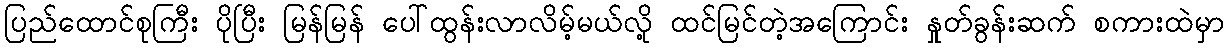
ပြည်ထောင်စုကြီး ပိုပြီး မြန်မြန် ပေါ်ထွန်းလာလိမ့်မယ်လို့ ထင်မြင်တဲ့အကြောင်း နှုတ်ခွန်းဆက် စကားထဲမှာ